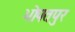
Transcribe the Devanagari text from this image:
भोपतपुर